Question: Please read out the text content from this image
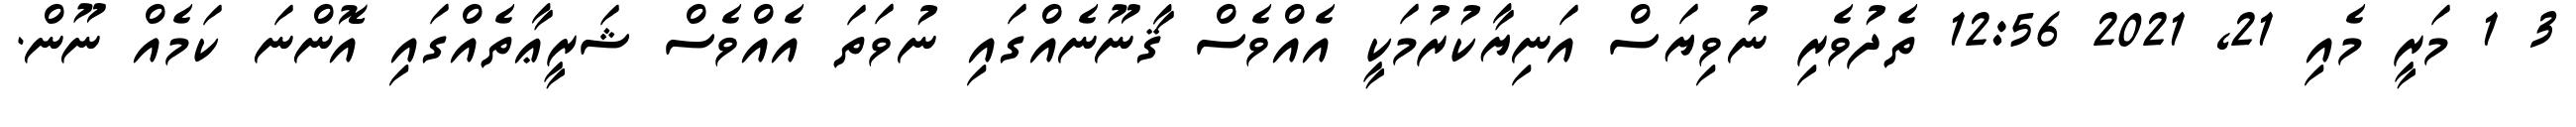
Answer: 3 1 މަރީ މެއި 21, 2021 12:56 ތެދުވެރި ނުވިޔަސް އަނިޔާކުރުމަކީ އެއްވެސް ޤާނޫނެއްގައި ނުވަތަ އެއްވެސް ޝަރީޢާތެއްގައި އޮންނަ ކަމެއް ނޫން.